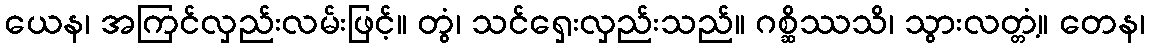
ယေန၊ အကြင်လှည်းလမ်းဖြင့်။ တွံ၊ သင်ရှေးလှည်းသည်။ ဂစ္ဆိဿသိ၊ သွားလတ္တံ့။ တေန၊